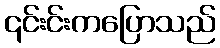
၎င်းင်းကပြောသည်